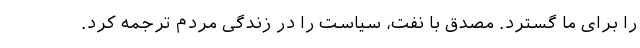
را برای ما گسترد. مصدق با نفت، سیاست را در زندگی مردم ترجمه کرد.